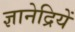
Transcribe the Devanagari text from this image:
ज्ञानेद्रियें